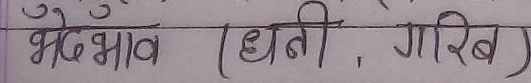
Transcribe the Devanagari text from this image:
भेदभाव (धनी, गरीब)